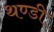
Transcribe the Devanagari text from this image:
थण्डी